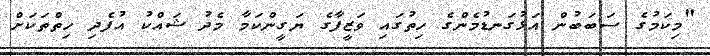
"މިކަމުގެ ސަބަބުން އަޅުގަނޑުމެންގެ ހިތުގައި ވަޒީފާގެ ޔަގީންކަމާ މެދު ޝައްކު އުފެދި ހިތްތަކަށް